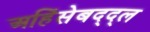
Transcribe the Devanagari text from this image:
अहिंसेबद्द्ल